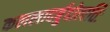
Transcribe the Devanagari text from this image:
कललादर्बुदोत्पत्तिः